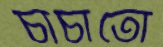
চাচাতো